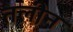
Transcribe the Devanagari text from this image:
तलीन